Leprosy in India: report of the Leprosy Commission in India, 1890-91
Year: 1890
Disease focus: Leprosy
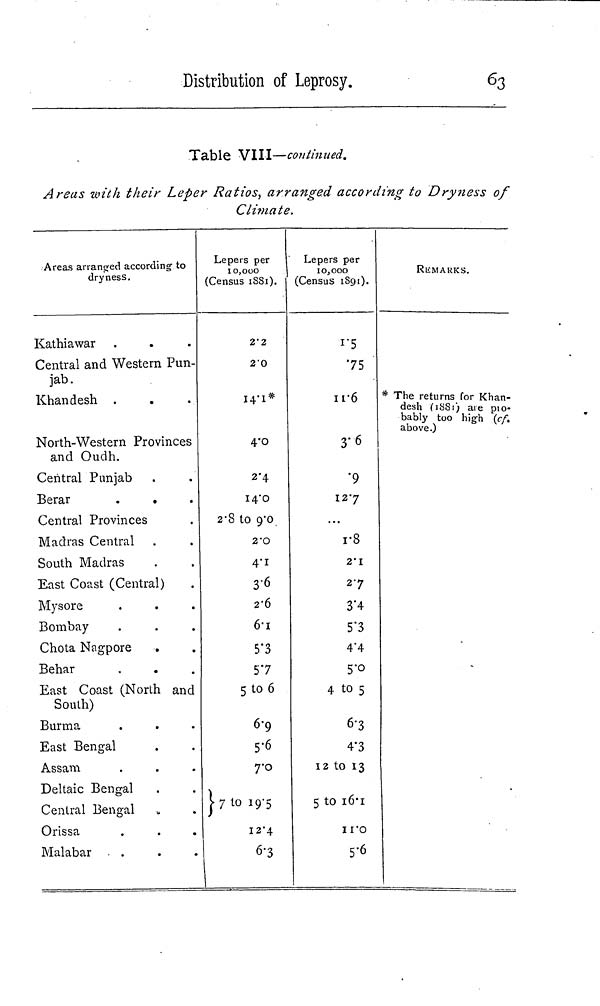
Distribution of Leprosy.
63
Table VIII—continued.
Areas with their Leper Ratios, arranged according to Dryness of
Climate.
Areas arranged according to
dryness.
Kathiawar
Central and Western Pun-
jab.
Khandesh .
North-Western Provinces
and Oudh.
Central Punjab
Berar
.
.
Central Provinces
Madras Central
South Madras
East Coast (Central)
Mysore
Bombay
Chota Nagpore
Behar
East Coast (North and
South)
Burma
East Bengal
Assam
Deltaic Bengal
Central Bengal
Orissa
Malabar
Lepeis per
10,000
(Census 1881).
2.2
2.0
14.1
4.0
2.4
14.0
2.8 to 9.0
2.0
4.1
3.6
2.6
6.1
5.3
57
5 to 6
6.9
5.6
7.0
} 7 to 19.5
12.4
6.3
Lepers per
10,000
(Census 1891).
1.5
75
11.6
3.6
.9
12.7
r8
2.1
2.7
3.4
5.3
4.4
5.0
4 to 5
6.3
4.3
12 to 13
5 to 16.1
11.0
5.6
REMARKS.
* The returns for Khan-
desh (1881) are pio-
bably too high (cf.
above.)